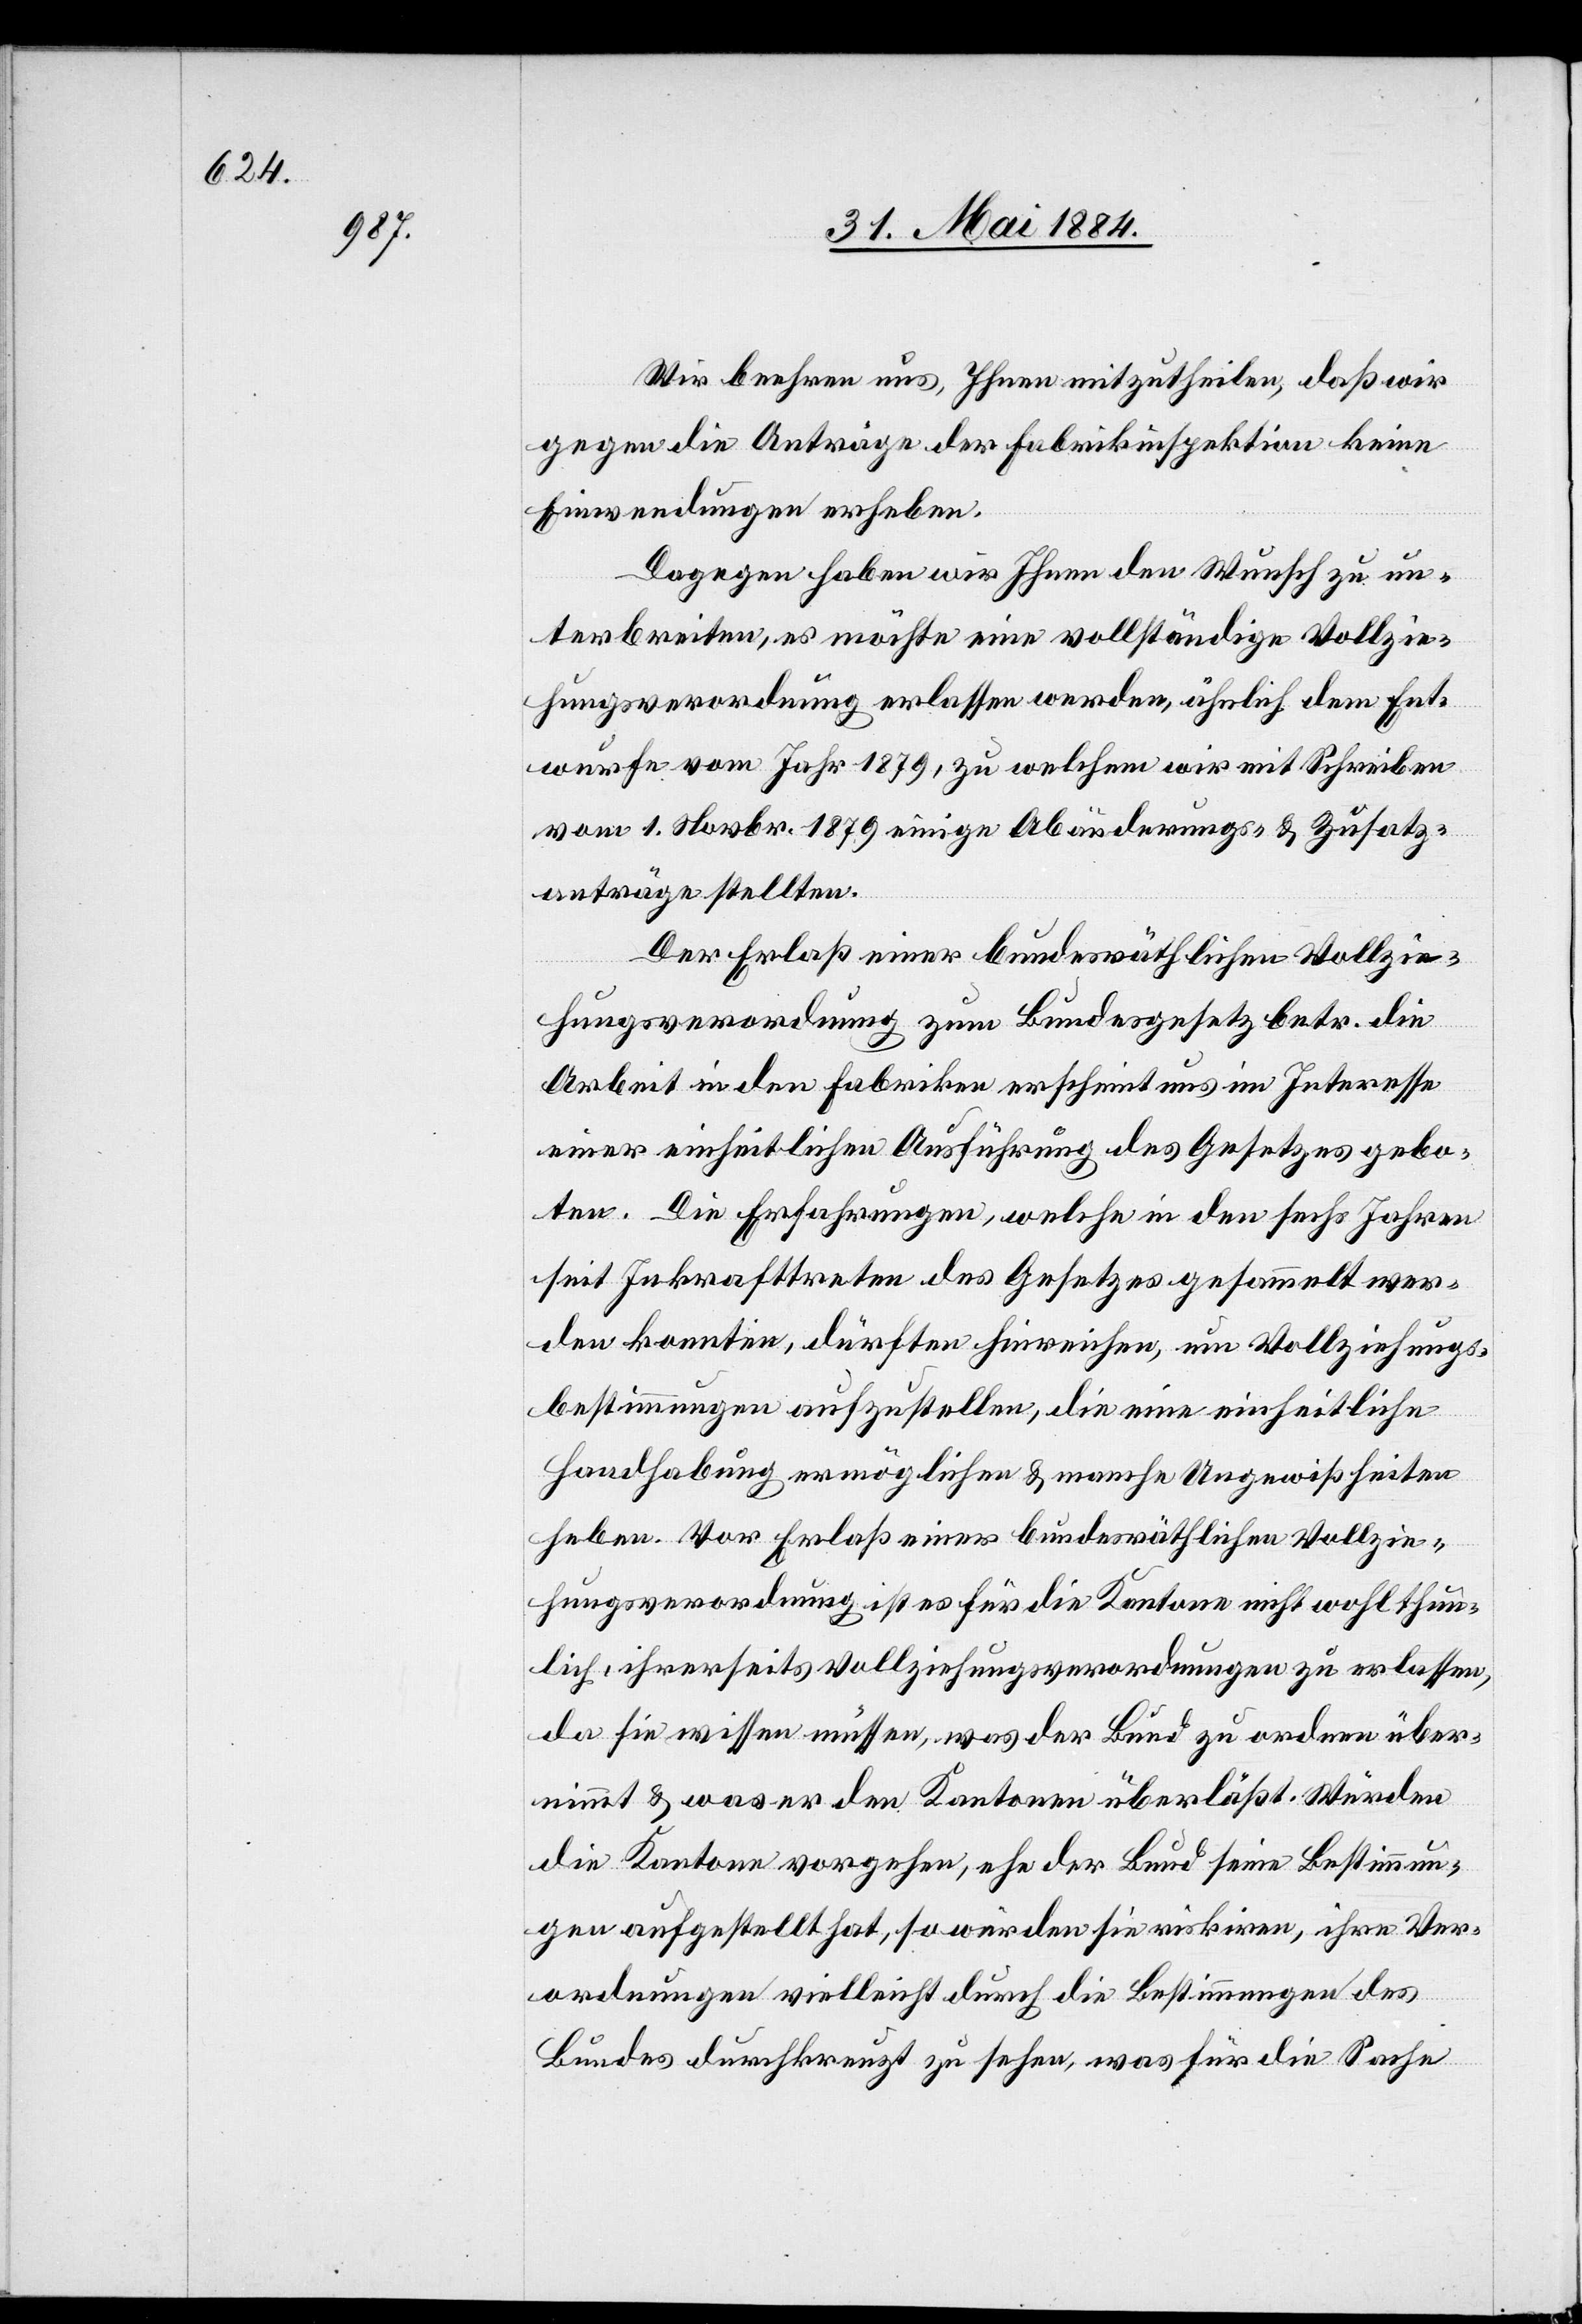
Wir beehren uns, Ihnen mitzutheilen, daß wir
gegen die Anträge der Fabrikinspektion keine
Einwendungen erheben.
Dagegen haben wir Ihnen den Wunsch zu un¬
terbreiten; es möchte eine vollständige Vollzie¬
hungsverordnung erlassen werden, ähnlich dem Ent¬
wurfe vom Jahr 1879, zu welchem wir mit Schreiben
vom 1. Novbr. 1879 einige Abänderungs- & Zusatz¬
anträge stellten.
Der Erlaß einer bundesräthlichen Vollzie¬
hungsverordnung zum Bundesgesetz betr. die
Arbeit in den Fabriken erscheint uns im Interesse
einer einheitlichen Ausführung des Gesetzes gebo¬
ten. Die Erfahrungen, welche in den sechs Jahren
seit Inkrafttreten des Gesetzes gesammelt wer¬
den konnten, dürften hinreichen, um Vollziehungs¬
bestimmungen aufzustellen, die eine einheitliche
Handhabung ermöglichen & manche Ungewißheiten
heben. Vor Erlaß einer bundesräthlichen Vollzie¬
hungsverordnung ist es für die Kantone nicht wohlthun¬
lich, ihrerseits Vollziehungsverordnungen zu erlassen,
da sie wissen müssen, was der Bund zu ordnen über¬
nimmt & was er den Kantonen überläßt. Würden
die Kantone vorgehen, ehe der Bund seine Bestimmun¬
gen aufgestellt hat, so würden sie riskiren, ihre Ver¬
ordnungen vielleicht durch die Bestimmungen des
Bundes durchkreuzt zu sehen, was für die Sache